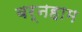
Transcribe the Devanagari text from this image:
बर्नहाम